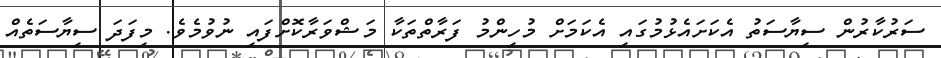
ސަރުކާރުން ސިޔާސަތު އެކަށައެޅުމުގައި އެކަމަށް މުހިންމު ފަރާތްތަކާ މަޝްވަރާކޮށްފައި ނުވުމެވެ. މިފަދަ ސިޔާސަތެއް